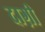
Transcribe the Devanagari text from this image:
दाग़ी